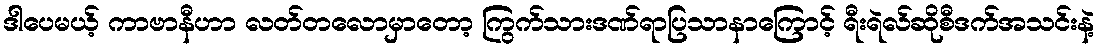
ဒါပေမယ့် ကာဗာနီဟာ လတ်တလောမှာတော့ ကြွက်သားဒဏ်ရာပြသာနာကြောင့် ရီးရဲလ်ဆိုစီဒက်အသင်းနဲ့